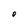
Character: O